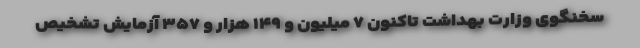
سخنگوی وزارت بهداشت تاکنون ۷ میلیون و ۱۴۹ هزار و ۳۵۷ آزمایش تشخیص